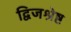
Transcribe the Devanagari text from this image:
द्विजश्रेष्ट